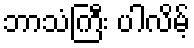
ဘာသံကြီး ပါလိမ့်